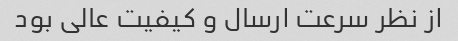
از نظر سرعت ارسال و کیفیت عالی بود